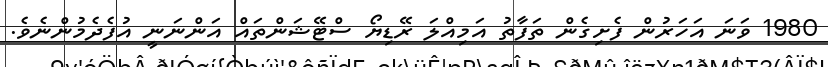
1980 ވަނަ އަހަރުން ފެށިގެން ތަފާތު އަމިއްލަ ރޭޑިޔޯ ސްޓޭޝަންތައް އަންނަނީ އުފެދެމުންނެވެ.